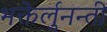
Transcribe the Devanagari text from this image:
भक्तेर्लुनन्ती